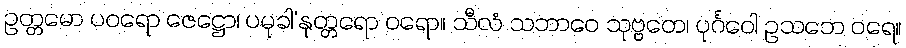
ဥတ္တမော ပဝရော ဇေဋ္ဌော၊ ပမုခါ’နုတ္တရော ဝရော။ သီလံ သဘာဝေ သုဗ္ဗတေ၊ ပုင်္ဂဝေါ ဥသဘေ ဝရေ။